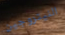
النيتروجين